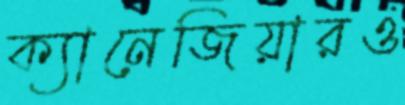
ক্যানেজিয়ারও